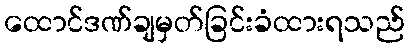
ထောင်ဒဏ်ချမှတ်ခြင်းခံထားရသည်